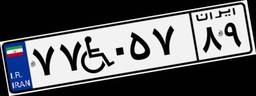
۷۷W۰۵۷۸۹